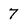
Character: 7